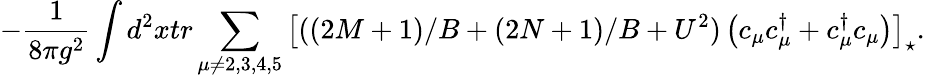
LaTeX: -\frac{1}{8\pi g^{2}}\int d^{2}xtr\sum_{\mu\neq 2,3,4,5}\left[((2M+1)/B+(2N+1)/B+U^{2})\left(c_{\mu}c_{\mu}^{\dagger}+c_{\mu}^{\dagger}c_{\mu}\right)\right]_{\star}.